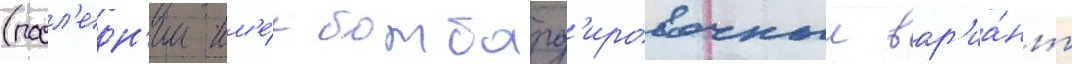
(посл'едн'ии им'е́л бомбард'ировочныи вар'иа́нт